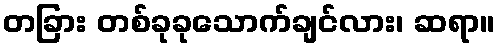
တခြား တစ်ခုခုသောက်ချင်လား၊ ဆရာ။